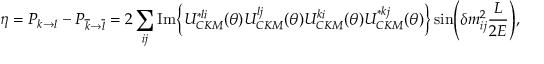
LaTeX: { \eta } = P _ { { k } { \rightarrow } { l } } - P _ { \overline { { { k } } } { \rightarrow } \overline { { { l } } } } = 2 \sum _ { i j } \mathrm { I m } \Bigl \{ U _ { C K M } ^ { * l i } ( { \theta } ) U _ { C K M } ^ { l j } ( { \theta } ) U _ { C K M } ^ { k i } ( { \theta } ) U _ { C K M } ^ { * k j } ( { \theta } ) \Bigr \} \sin \Biggl ( { \delta } m _ { i j } ^ { 2 } \frac { L } { 2 E } \Biggr ) ,